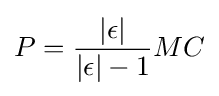
P={\frac {|\epsilon |}{|\epsilon |-1}}MC